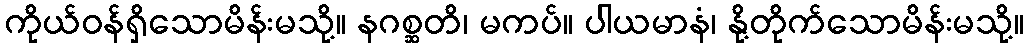
ကိုယ်ဝန်ရှိသောမိန်းမသို့။ နဂစ္ဆတိ၊ မကပ်။ ပါယမာနံ၊ နို့တိုက်သောမိန်းမသို့။